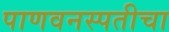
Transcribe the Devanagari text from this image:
पाणवनस्पतीचा